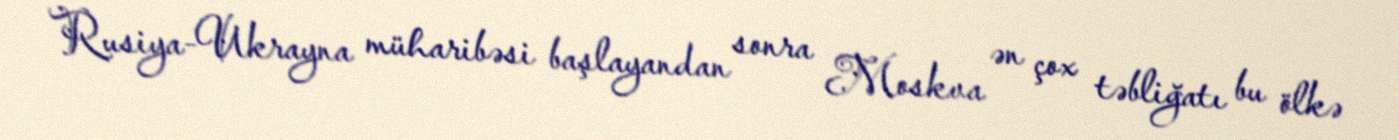
Rusiya-Ukrayna müharibəsi başlayandan sonra Moskva ən çox təbliğatı bu ölkə